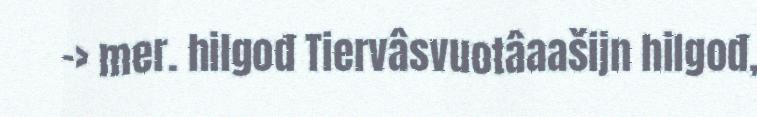
-> mer. hilgođ Tiervâsvuotâaašijn hilgođ,